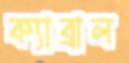
ক্যাব্রাল